Code of medical and sanitary regulations for the guidance of medical officers serving in the Madras Presidency - Volume I
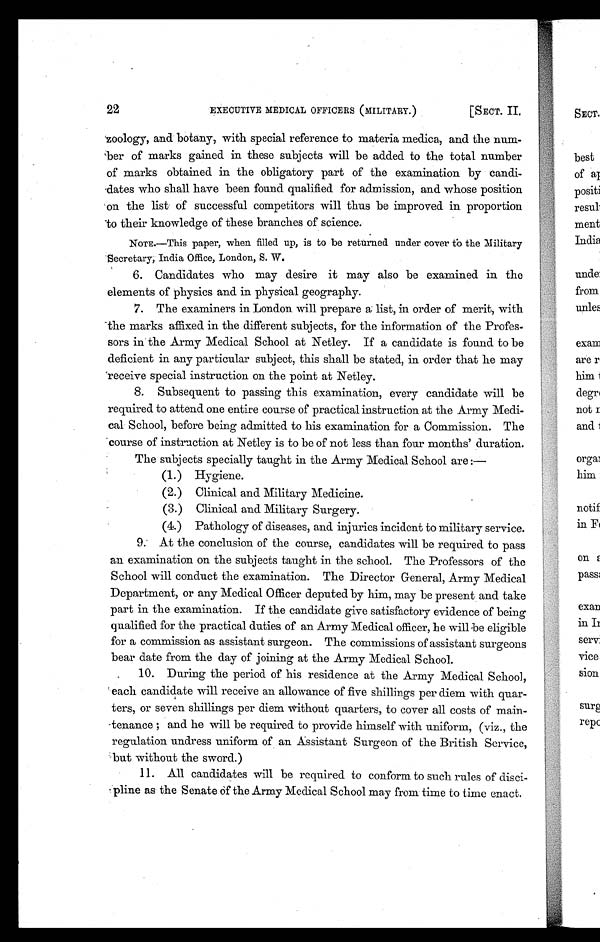
22
EXECUTIVE MEDICAL OFFICERS (MILITARY.)
[SECT. II.
zoology, and botany, with special reference to materia medica, and the num-
ber of marks gained in these subjects will be added to the total number
of marks obtained in the obligatory part of the examination by candi-
dates who shall have been found qualified for admission, and whose position
on the list of successful competitors will thus be improved in proportion
- to their knowledge of these branches of science.
N NoTE .—This paper, when filled up, is to be returned under cover tb the Military
•
Secretary, India Office, London, S. W.
6. Candidates who may desire it may also be examined in the
elements of physics and in physical geography.
7. The examiners in London will prepare a list, in order of merit, with
the marks affixed in the different subjects, for the information of the Profes-
sors in the Army Medical School at Netley. If a candidate is found to be
deficient in any particular subject, this shall be stated, in order that he may
receive special instruction on the point at Netley.
8. Subsequent to passing this examination, every candidate will be
required to attend one entire course of practical instruction at the Army Medi-
cal School, before being admitted to his examination for a Commission. The
course of instruction at Netley is to be of not less than four months' duration.
The subjects specially taught in the Army Medical School are :-
(1.)
Hygiene.
(2.)
Clinical and Military Medicine.
(3.)
Clinical and Military Surgery.
(4.)
Pathology of diseases, and. injuries incident to military service.
9. At the conclusion of the course, candidates will be required to pass
an examination on the subjects taught in the school. The Professors of the
School will conduct the examination. The Director General, Army Medical
Department, or any Medical Officer deputed by him, may be present and take
part in the examination. If the candidate give satisfactory evidence of being
qualified for the practical duties of an Army Medical officer, he will be eligible
for a commission as assistant surgeon. The commissions of assistant surgeons
bear date from the day of joining at the Army Medical School.
10. During the period of his residence at the Army Medical School,
each candidate will receive an allowance of five shillings per diem with quar-
ters, or seven shillings per diem without quarters, to cover all costs of main-
tenance ; and he will be required to provide himself with uniform, (viz., the
regulation undress uniform of an Assistant Surgeon of the British Service,
but without the sword.)
11. All candidates will be required to conform to such rules of disci-
pline as the Senate of the Army Medical School may from time to time enact.